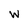
Character: w